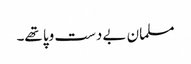
مسلمان بے دست وپا تھے۔